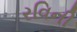
રવિની